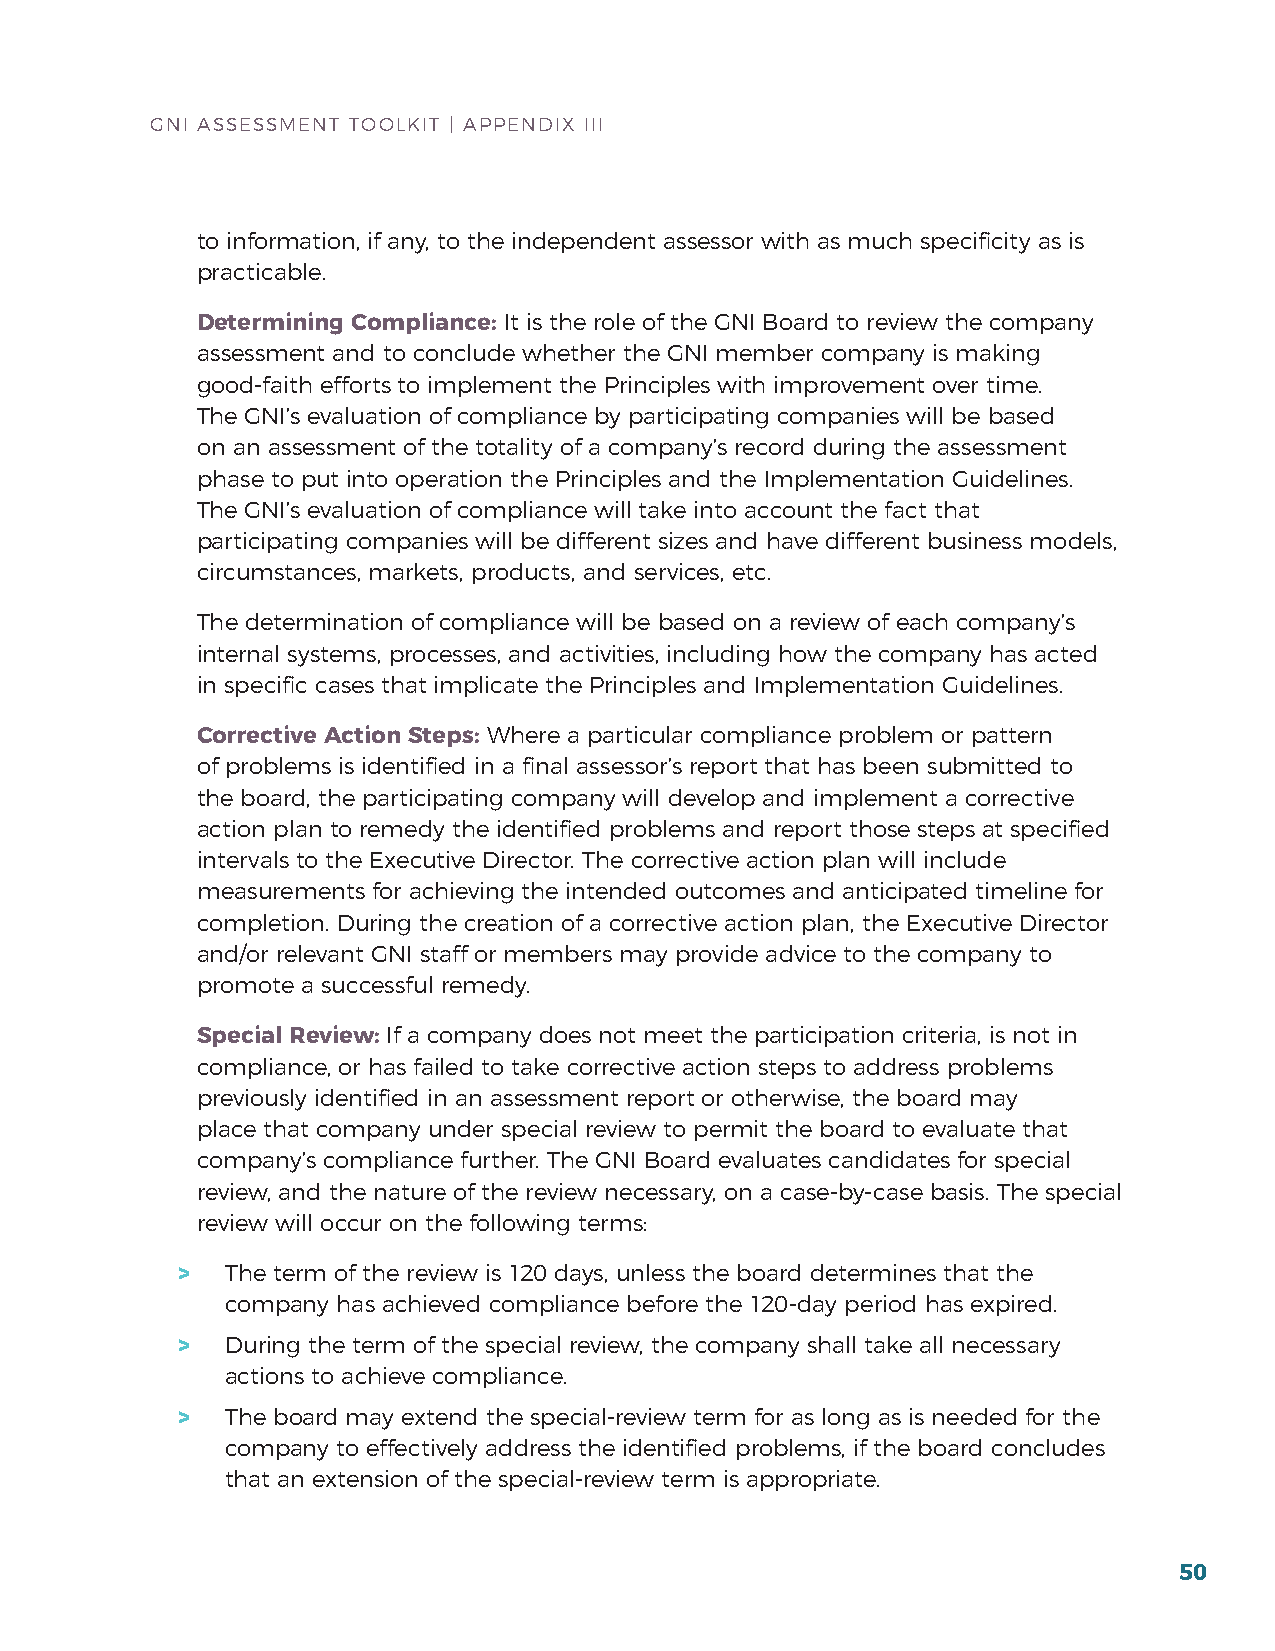
GNI ASSESSMENT TOOLKIT | APPENDIx III
 to information, if any, to the independent assessor with as much specificity as is
 practicable.
 Determining Compliance: It is the role of the GNI board to review the company
 assessment and to conclude whether the GNI member company is making
 good-faith efforts to implement the Principles with improvement over time.
 The GNI’s evaluation of compliance by participating companies will be based
 on an assessment of the totality of a company’s record during the assessment
 phase to put into operation the Principles and the Implementation Guidelines.
 The GNI’s evaluation of compliance will take into account the fact that
 participating companies will be different sizes and have different business models,
 circumstances, markets, products, and services, etc.
 The determination of compliance will be based on a review of each company’s
 internal systems, processes, and activities, including how the company has acted
 in specific cases that implicate the Principles and Implementation Guidelines.
 Corrective Action Steps: Where a particular compliance problem or pattern
 of problems is identified in a final assessor’s report that has been submitted to
 the board, the participating company will develop and implement a corrective
 action plan to remedy the identified problems and report those steps at specified
 intervals to the Executive Director. The corrective action plan will include
 measurements for achieving the intended outcomes and anticipated timeline for
 completion. During the creation of a corrective action plan, the Executive Director
 and/or relevant GNI staff or members may provide advice to the company to
 promote a successful remedy.
 Special Review: If a company does not meet the participation criteria, is not in
 compliance, or has failed to take corrective action steps to address problems
 previously identified in an assessment report or otherwise, the board may
 place that company under special review to permit the board to evaluate that
 company’s compliance further. The GNI board evaluates candidates for special
 review, and the nature of the review necessary, on a case-by-case basis. The special
 review will occur on the following terms:
 >  The term of the review is 120 days, unless the board determines that the
 company has achieved compliance before the 120-day period has expired.
 >  During the term of the special review, the company shall take all necessary
 actions to achieve compliance.
 >  The board may extend the special-review term for as long as is needed for the
 company to effectively address the identified problems, if the board concludes
 that an extension of the special-review term is appropriate.
 50